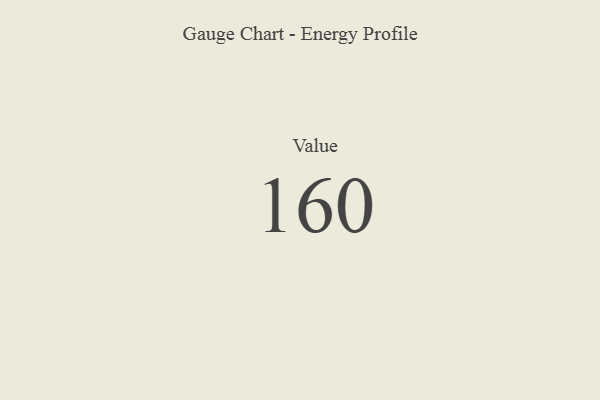
{"axis": {"x": "Metric", "y": "Value"}, "legend": [""], "data": [{"x": "Value", "y": 160, "type": ""}]}